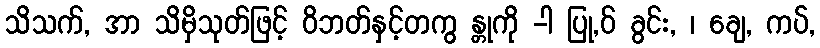
သိသက်, အာ သိမှိသုတ်ဖြင့် ဝိဘတ်နှင့်တကွ န္တုကို -ါ ပြု,ဝ် ခွင်း, ၊ ချေ, ကပ်,